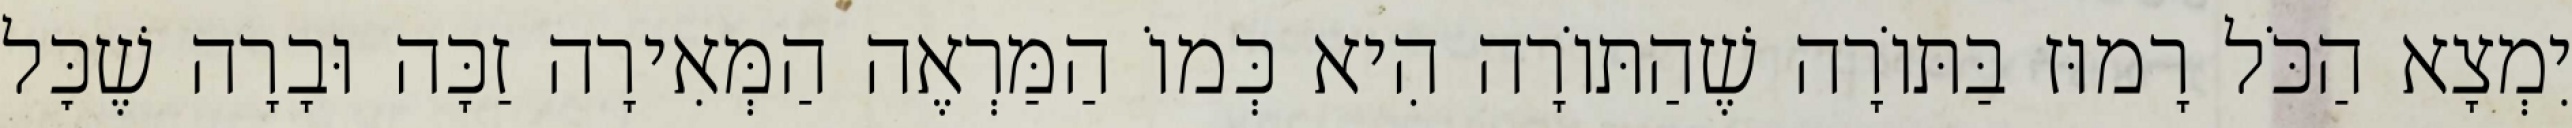
יִמְצָא הַכֹּל רָמוּז בַּתּוֹרָה שֶׁהַתּוֹרָה הִיא כְּמוֹ הַמַּרְאֶה הַמְּאִירָה זַכָּה וּבָרָה שֶׁכׇּל